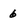
Character: 6